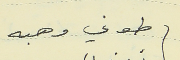
طوني وهبه